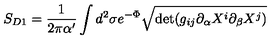
S _ { D 1 } = \frac { 1 } { 2 \pi \alpha ^ { \prime } } \int d ^ { 2 } \sigma e ^ { - \Phi } \sqrt { \mathrm { d e t } ( g _ { i j } \partial _ { \alpha } X ^ { i } \partial _ { \beta } X ^ { j } ) }